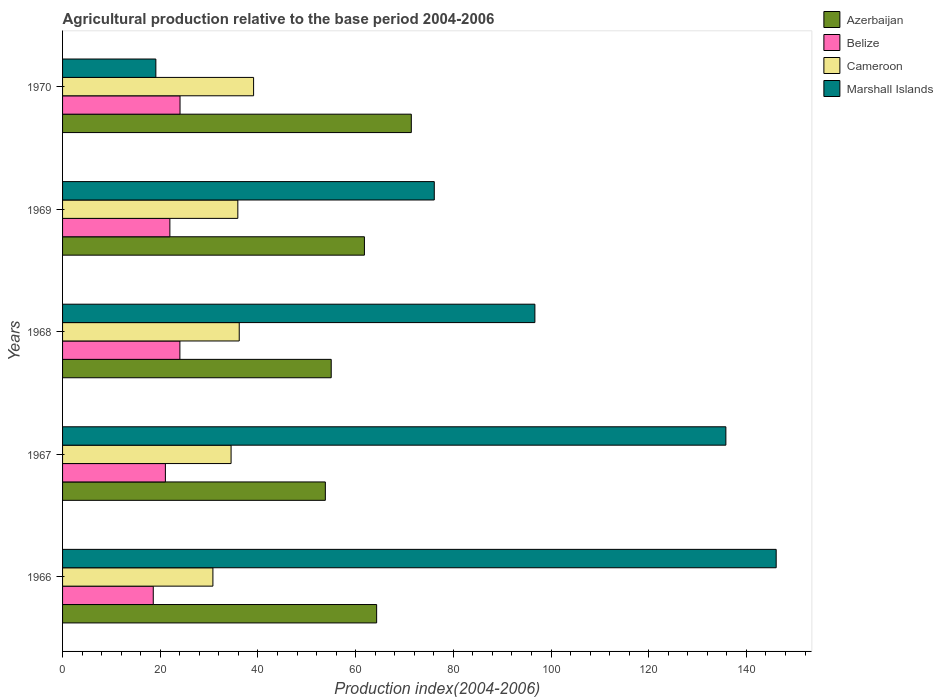
| Years | Azerbaijan | Belize | Cameroon | Marshall Islands |
 | --- | --- | --- | --- | --- |
 | 1966 | 64.3 | 18.6 | 30.8 | 146 |
 | 1967 | 53.8 | 21.1 | 34.5 | 136 |
 | 1968 | 55 | 24 | 36.2 | 96.7 |
 | 1969 | 61.8 | 22 | 35.9 | 76.1 |
 | 1970 | 71.4 | 24.1 | 39.1 | 19.1 |